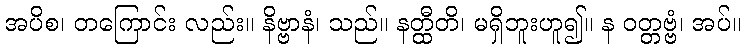
အပိစ၊ တကြောင်း လည်း။ နိဗ္ဗာနံ၊ သည်။ နတ္ထီတိ၊ မရှိဘူးဟူ၍။ န ဝတ္တဗ္ဗံ၊ အပ်။